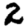
Digit: 2